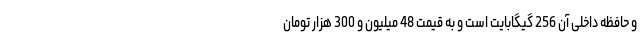
و حافظه داخلی آن 256 گیگابایت است و به قیمت 48 میلیون و 300 هزار تومان